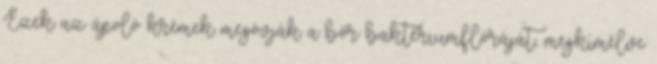
Ezek az ápoló krémek megóvják a bőr baktériumflóráját, megkímélve